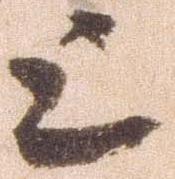
上